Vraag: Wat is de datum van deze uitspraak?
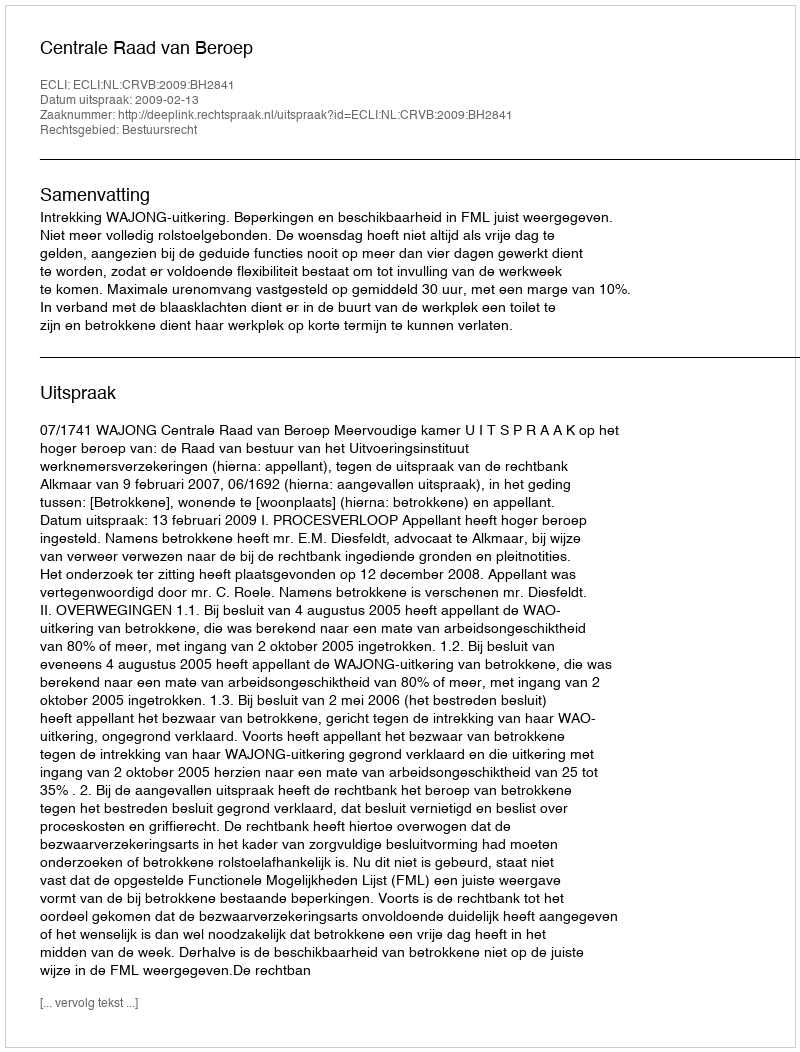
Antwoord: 2009-02-13